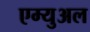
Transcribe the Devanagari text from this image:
एम्युअल